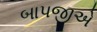
બાપજીએ